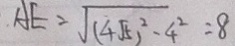
A E = \sqrt { ( 4 \sqrt { 5 } ) ^ { 2 } - 4 ^ { 2 } } = 8